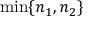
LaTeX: \operatorname* { m i n } \{ n _ { 1 } , n _ { 2 } \}